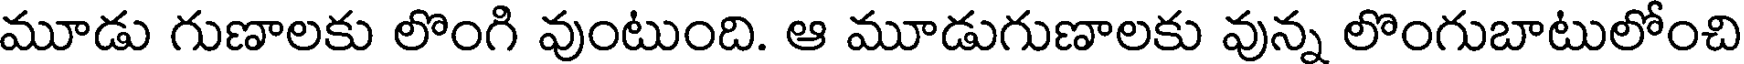
మూడు గుణాలకు లొంగి వుంటుంది. ఆ మూడుగుణాలకు వున్న లొంగుబాటులోంచి